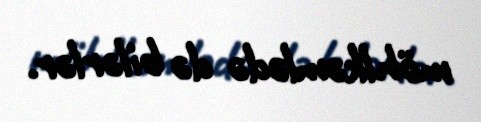
möhlkəmlədə də bilərlər.